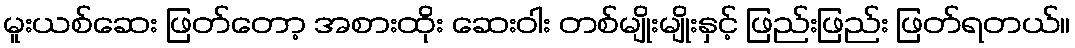
မူးယစ်ဆေး ဖြတ်တော့ အစားထိုး ဆေးဝါး တစ်မျိုးမျိုးနှင့် ဖြည်းဖြည်း ဖြတ်ရတယ်။